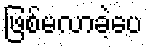
ဖြစ်မလာခဲ့ပေ